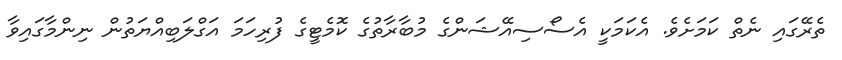
ތެރޭގައި ނެތް ކަމަށެވެ. އެކަމަކީ އެސޯސިއޭޝަންގެ މުބާރާތުގެ ކޮމެޓީގެ ފުރިހަމަ އަގްލަބިއްޔަތުން ނިންމާގައިވާ